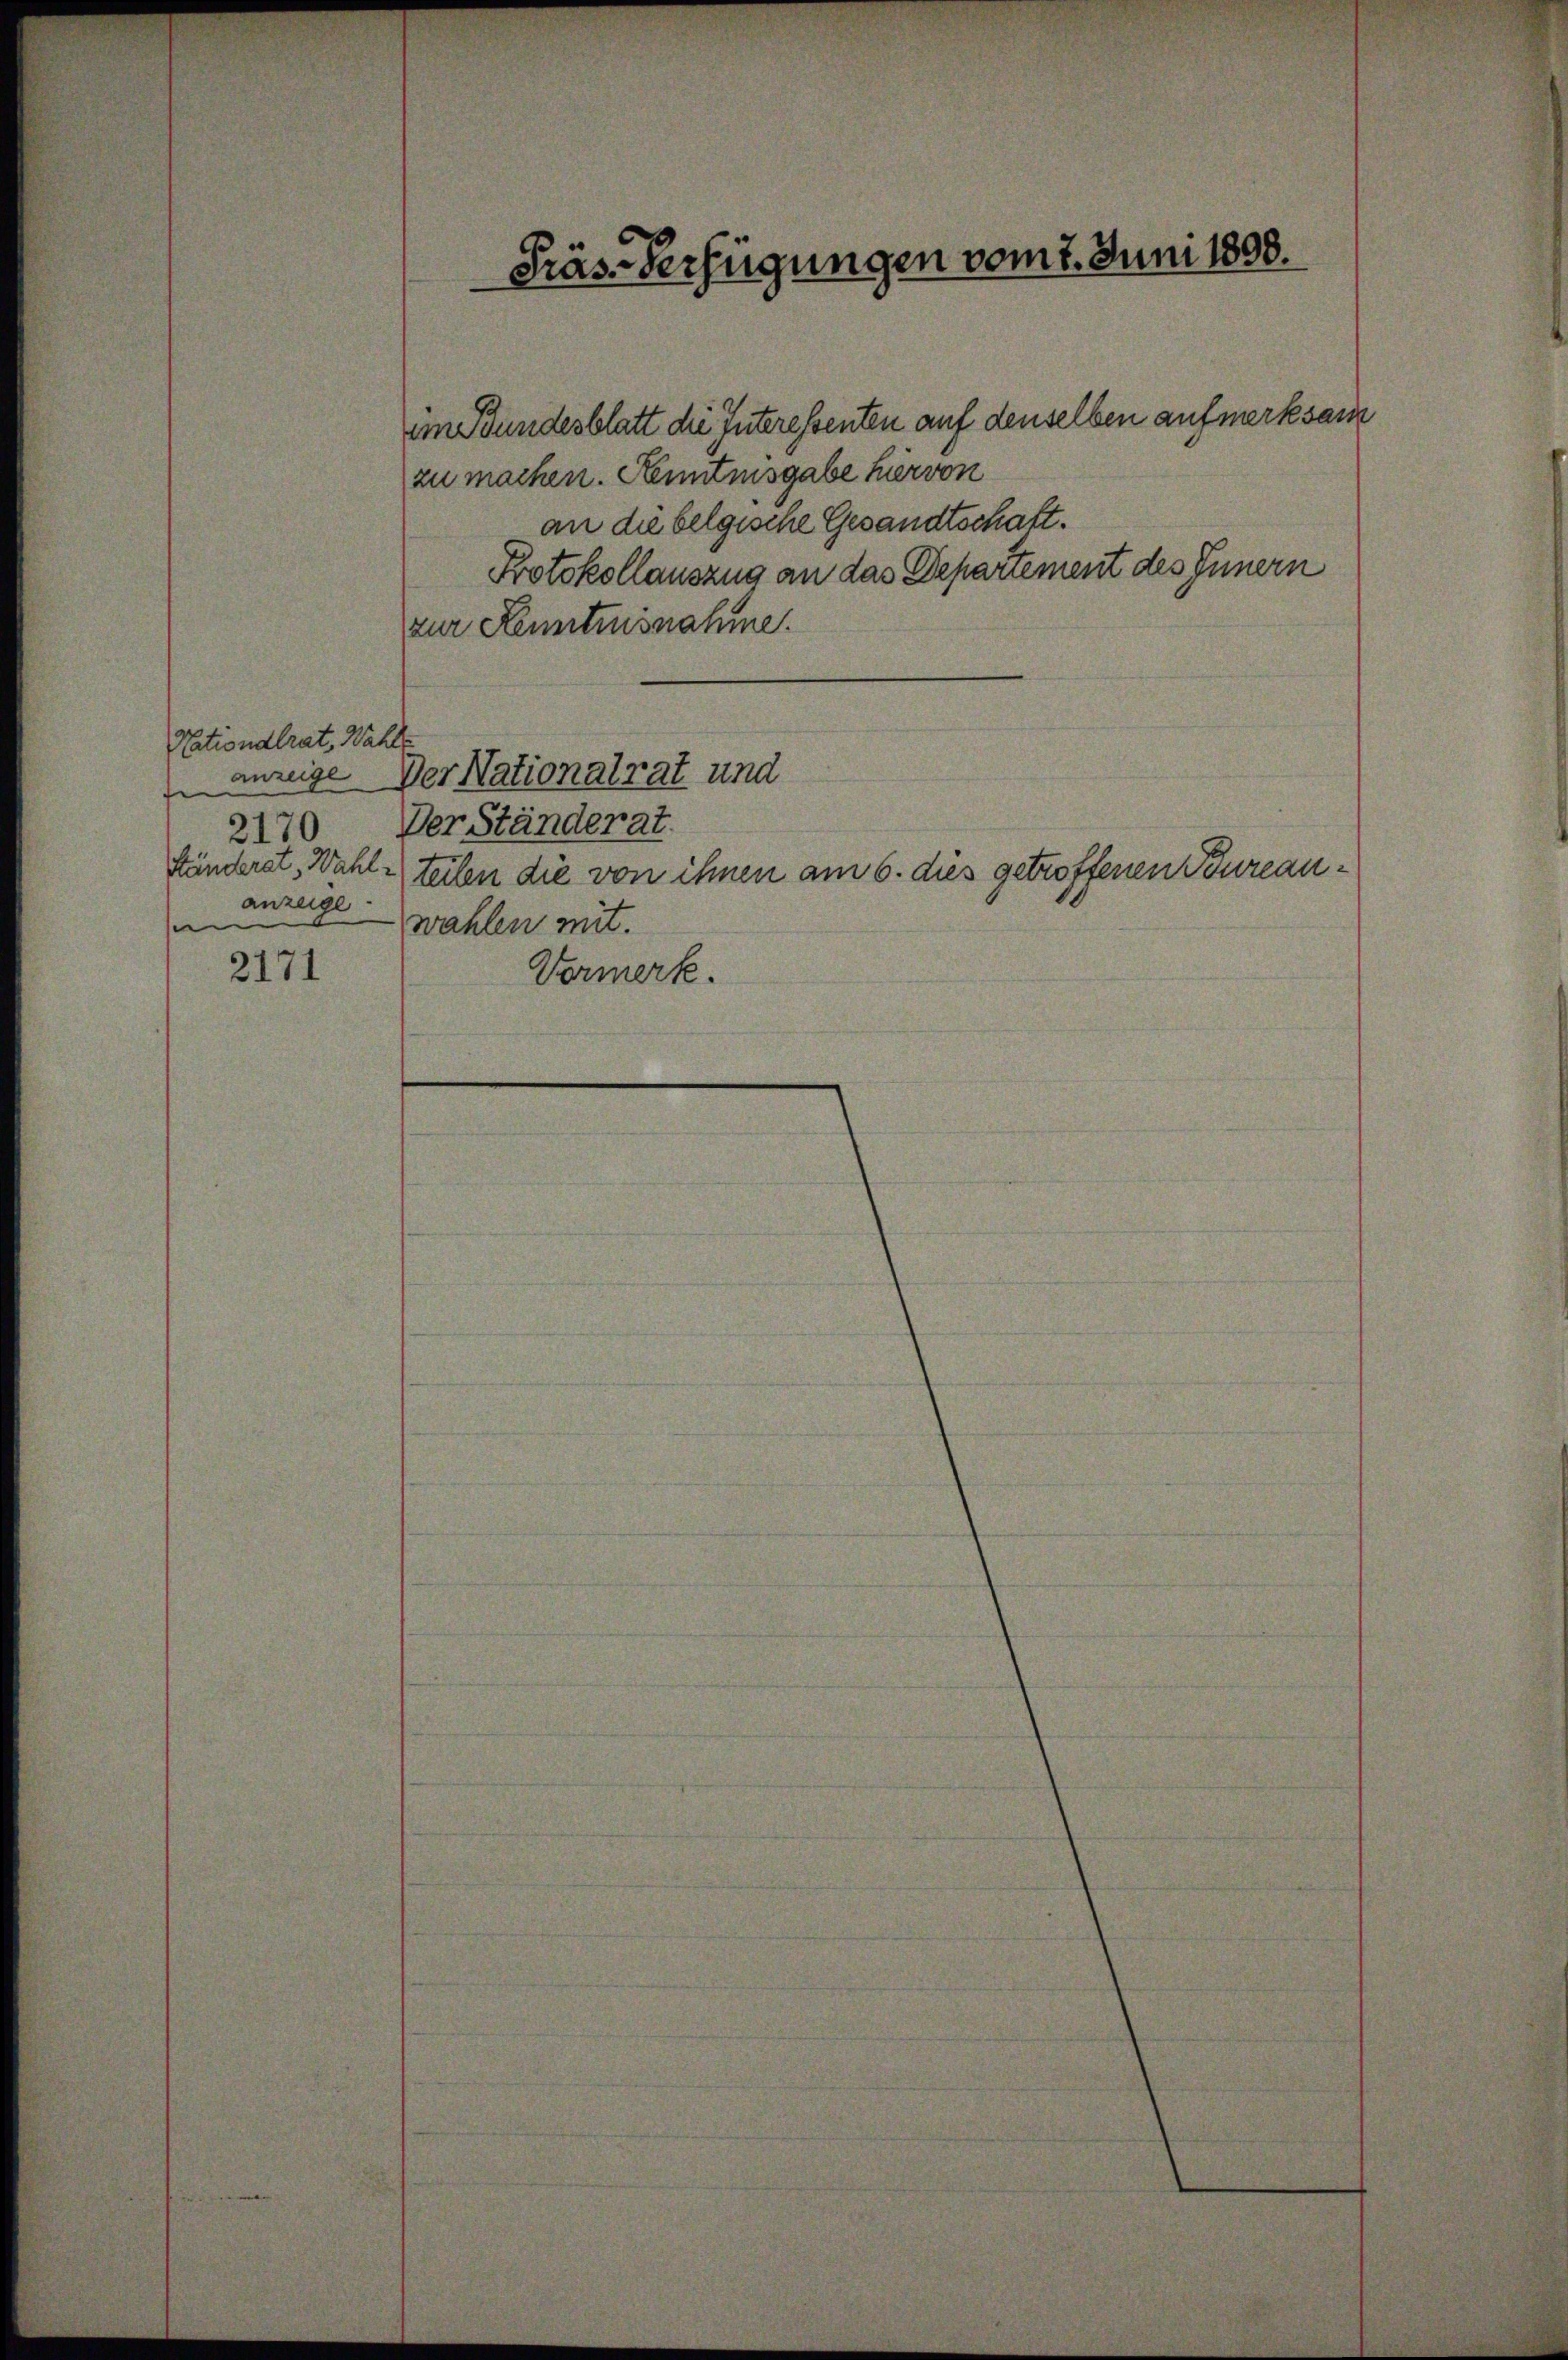
Nationalrat, Wahle
f
Händerat, Wahlanzeige
e

2171

Präs. Verfügungen vom 1. Juni 1808.

zu machen. Kenntnisgabe hiervon
an die belgische Gesandtschaft.
Protokollauszug an das Departement des Innern
zur Kenntnisnahme.
anzeige Der Nationalrat und
2170. Der Ständerat
teilen die von ihnen am 6. dies getroffenen Bureauwahlen mit.
Vormerk.

im Bundesblatt die Interessenten auf denselben aufmerksam